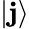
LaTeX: |\mathbf{j}\rangle